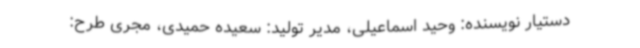
دستیار نویسنده: وحید اسماعیلی، مدیر تولید: سعیده حمیدی، مجری طرح: